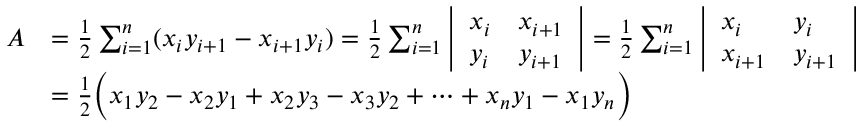
{ \begin{array} { r l } { A } & { = { \frac { 1 } { 2 } } \sum _ { i = 1 } ^ { n } ( x _ { i } y _ { i + 1 } - x _ { i + 1 } y _ { i } ) = { \frac { 1 } { 2 } } \sum _ { i = 1 } ^ { n } { \left| \begin{array} { l l } { x _ { i } } & { x _ { i + 1 } } \\ { y _ { i } } & { y _ { i + 1 } } \end{array} \right| } = { \frac { 1 } { 2 } } \sum _ { i = 1 } ^ { n } { \left| \begin{array} { l l } { x _ { i } } & { y _ { i } } \\ { x _ { i + 1 } } & { y _ { i + 1 } } \end{array} \right| } } \\ & { = { \frac { 1 } { 2 } } { \Big ( } x _ { 1 } y _ { 2 } - x _ { 2 } y _ { 1 } + x _ { 2 } y _ { 3 } - x _ { 3 } y _ { 2 } + \cdots + x _ { n } y _ { 1 } - x _ { 1 } y _ { n } { \Big ) } } \end{array} }